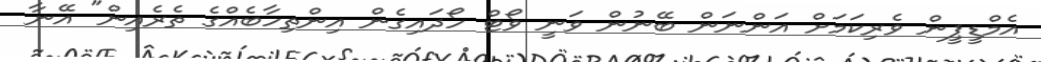
އެމްޑީޕީން ވެރިކަމަށް އަންނަން ބޭނުން ވަނީ ވޯޓް ހޯދައިގެން އިންތިހާބެއްގެ ތެރެއިން" އޭނާ